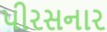
પીરસનાર